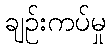
ချဉ်းကပ်မှု